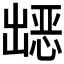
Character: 𭃀